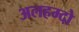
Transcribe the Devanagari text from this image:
अलहम्दो